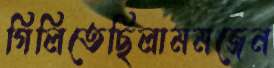
গিলিতেছিলামমজেন